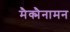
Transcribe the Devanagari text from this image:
मैक्मैनामन